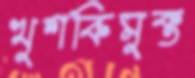
খুশকিমুক্ত